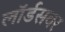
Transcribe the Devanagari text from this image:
लॉर्डसवर